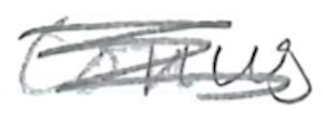
Text: Conus
Cross-out: scratch
Writing tool: pencil